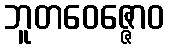
ဘူတဝေဇ္ဇောဝ